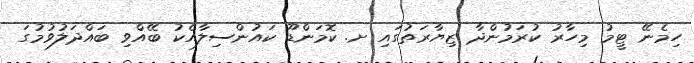
ހިމެނޭ ޓީމު މިހާރު ކުރަމުންދާ ޒިޔާރަތުގައި ށ. ކޮމަންޑޫ ކައުންސިލާއެކު ބޭއްވި ބައްދަލުވުމުގަ